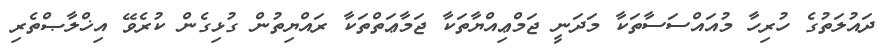
ދައުލަތުގެ ހުރިހާ މުއައްސަސާތަކާ މަދަނީ ޖަމްޢިއްޔާތަކާ ޖަމާޢަތްތަކާ ރައްޔިތުން ގުޅިގެން ކުރެވޭ އިޚްލާޞްތެރި